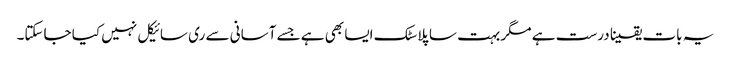
یہ بات یقینا درست ہے مگر بہت سا پلاسٹک ایسا بھی ہے جسے آسانی سے ری سائیکل نہیں کیا جاسکتا۔